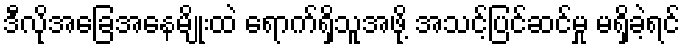
ဒီလိုအခြေအနေမျိုးထဲ ရောက်ရှိသူအဖို့ အသင့်ပြင်ဆင်မှု မရှိခဲ့ရင်